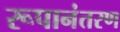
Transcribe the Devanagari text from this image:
रूपानंतरण